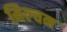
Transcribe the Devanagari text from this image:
मिल्चन